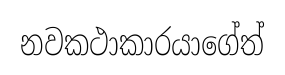
නවකථාකාරයාගේත්